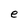
Character: e